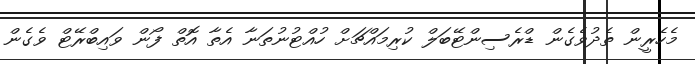
މެހެރީން ތެދުވެގެން ޑްރެސިންޓޭބަލް ކުރިމައްޗަށް ހުއްޓުނުތަނާ އެތާ އޮތް ފޯން ވައިބްރޭޓް ވެގެން